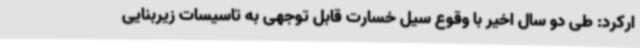
ارکرد: طی دو سال اخیر با وقوع سیل خسارت قابل توجهی به تاسیسات زیربنایی